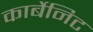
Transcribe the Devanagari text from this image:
कार्बेनिट